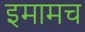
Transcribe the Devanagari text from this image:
इमामच